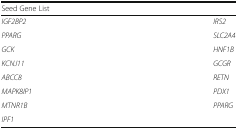
<table><thead><tr><td><b>Seed Gene List</b></td><td></td></tr></thead><tbody><tr><td><i>IGF2BP2</i></td><td><i>IRS2</i></td></tr><tr><td><i>PPARG</i></td><td><i>SLC2A4</i></td></tr><tr><td><i>GCK</i></td><td><i>HNF1B</i></td></tr><tr><td><i>KCNJ11</i></td><td><i>GCGR</i></td></tr><tr><td><i>ABCC8</i></td><td><i>RETN</i></td></tr><tr><td><i>MAPK8IP1</i></td><td><i>PDX1</i></td></tr><tr><td><i>MTNR1B</i></td><td><i>PPARG</i></td></tr><tr><td><i>IPF1</i></td><td></td></tr></tbody></table>